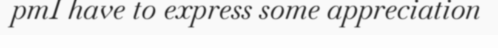
pmI have to express some appreciation